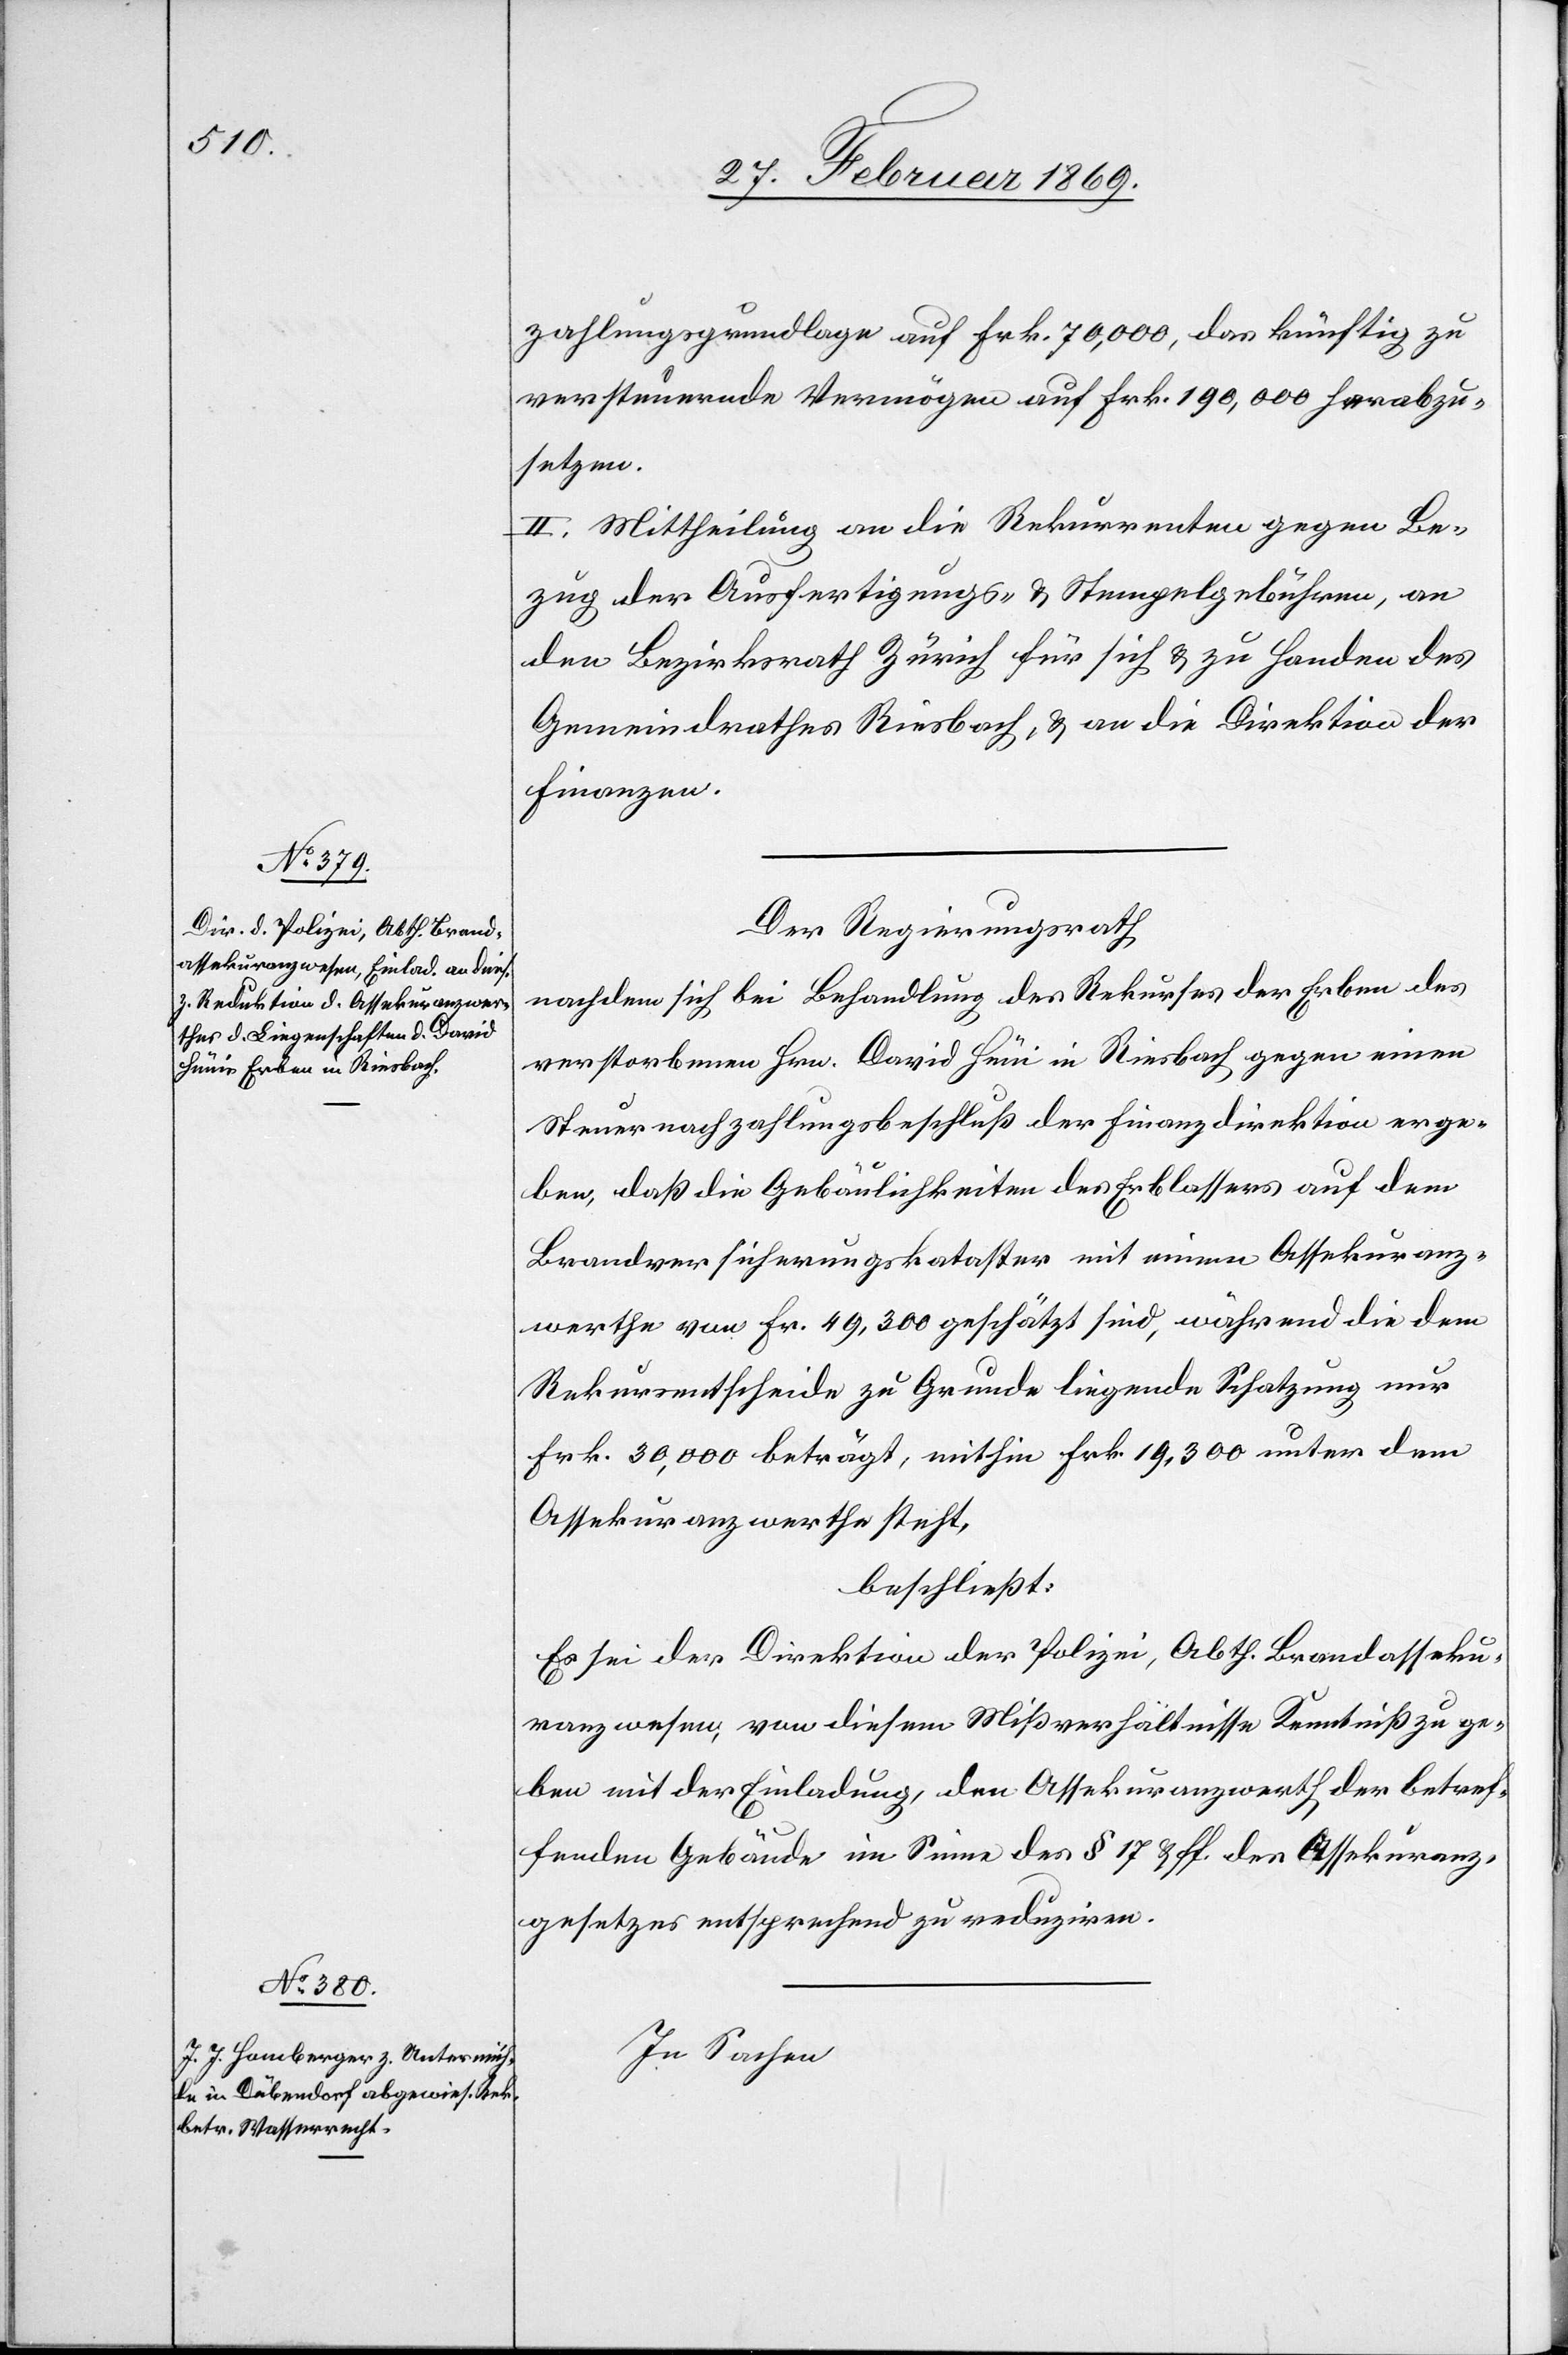
zahlungsgrundlage auf Frk. 70,000, das künftig zu
versteuernde Vermögen auf Frk. 190,000 herabzu¬
setzen.
II. Mittheilung an die Rekurrenten gegen Be¬
zug der Ausfertigungs- & Stempelgebühren, an
den Bezirksrath Zürich für sich & zu Handen des
Gemeindrathes Riesbach, & an die Direktion der
Finanzen.
Der Regierungsrath,
nachdem sich bei Behandlung des Rekurses der Erben des
verstorbenen Hrn. David Hüni in Riesbach gegen einen
Steuernachzahlungsbeschluß der Finanzdirektion erge¬
ben, daß die Gebäulichkeiten des Erblassers auf dem
Brandversicherungskataster mit einem Assekuranz¬
werthe von Fr. 49,300 geschätzt sind, während die dem
Rekursentscheide zu Grunde liegende Schatzung nur
Frk. 30,000 beträgt, mithin Frk. 19,300 unter dem
Assekuranzwerthe steht,
beschließt:
Es sei der Direktion der Polizei, Abth. Brandasseku¬
ranzwesen, von diesem Mißverhältnisse Kenntniß zu ge¬
ben mit der Einladung, den Assekuranzwerth der betref¬
fenden Gebäude im Sinne des § 17 & ff. des Assekuranz¬
gesetzes entsprechend zu reduziren.
In Sachen